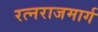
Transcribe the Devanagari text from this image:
रत्नराजमार्ग